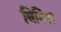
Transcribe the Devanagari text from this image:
निनिस